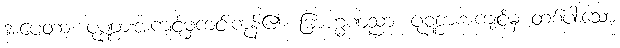
အပေတာ၊ ပုဏ္ဏားအကျင့်မှကင်းကုန်၏။ ဗြာဟ္မဏညာ၊ ပုဏ္ဏားအကျင့်မှ တစ်ပါးသော